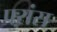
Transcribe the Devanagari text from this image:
फ्ऱांस